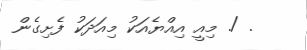
. /. މިއީ އިއްޔެއަކު މިއަދަކު ފެށިގެން